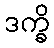
ဒက္ခိ